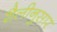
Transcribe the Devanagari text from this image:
शैलीनुसार